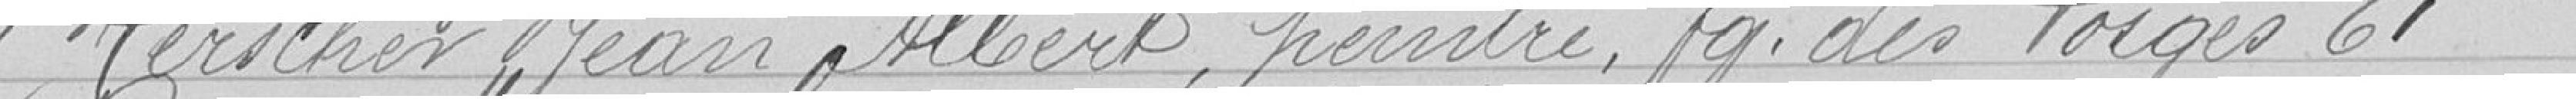
Herscher Jean Albert, peintre, Faubourg des Vosges 61